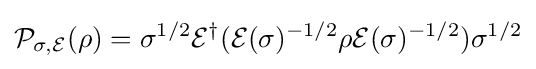
{\mathcal {P}}_{\sigma ,{\mathcal {E}}}(\rho )=\sigma ^{1/2}{\mathcal {E}}^{\dagger }({\mathcal {E}}(\sigma )^{-1/2}\rho {\mathcal {E}}(\sigma )^{-1/2})\sigma ^{1/2}